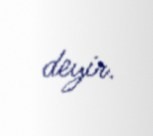
deyir.